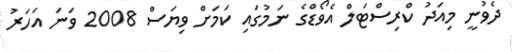
ދެވުނީ މިއަދު ކްރިސްޓަލް އެވޯޑްގެ ނަމުގައި ކަމަށް ވިޔަސް 2008 ވަނަ އަހަރު